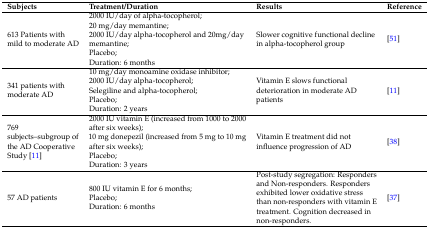
| Subjects | Treatment/Duration | Results | Reference |
 | --- | --- | --- | --- |
 | 613 Patients with mild to moderate AD | 2000 IU/day of alpha-tocopherol;20 mg/day memantine;2000 IU/day alpha-tocopherol and 20mg/day memantine;Placebo;Duration: 6 months | Slower cognitive functional decline in alpha-tocopherol group | [51] |
 | 341 patients with moderate AD | 10 mg/day monoamine oxidase inhibitor;2000 IU/day alpha-tocopherol;Selegiline and alpha-tocopherol;Placebo;Duration: 2 years | Vitamin E slows functional deterioration in moderate AD patients | [11] |
 | 769 subjects–subgroup of the AD Cooperative Study [11] | 2000 IU vitamin E (increased from 1000 to 2000 after six weeks);10 mg donepezil (increased from 5 mg to 10 mg after six weeks);Placebo;Duration: 3 years | Vitamin E treatment did not influence progression of AD | [38] |
 | 57 AD patients | 800 IU vitamin E for 6 months;Placebo;Duration: 6 months | Post-study segregation: Responders and Non-responders. Responders exhibited lower oxidative stress than non-responders with vitamin E treatment. Cognition decreased in non-responders. | [37] |